Annual report of the Prince of Wales Medical College, Patna
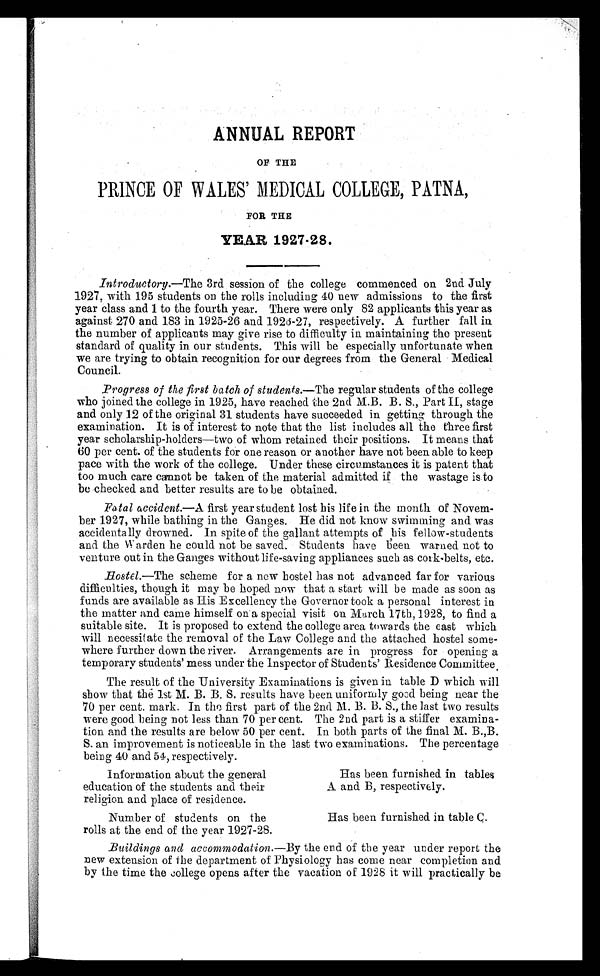
ANNUAL REPORT
OF THE
PRINCE OF WALES' MEDICAL COLLEGE, PATNA,
FOR THE
YEAR 1927–28.
Introductory.—The 3rd session of the college commenced on 2nd. July
1927, with 195 students on the rolls including 40 new admissions to the first
year class and 1 to the fourth year. There were only 82 applicants this year as
against 270 and 183 in 1925-26 and. 1926-27, respectively. A further fall in
the number of applicants may give rise to difficulty in maintaining the present
standard of quality in our students. This will be especially unfortunate when
we are trying to obtain recognition for our degrees from the General Medical
Council.
Progress of the first batch of students .—The regular students of the college
who joined the college in 1925, have reached the 2nd M.B. B. S., Part II, stage
and only 12 of the original 31 students have succeeded in getting through the
examination. It is of interest to note that the list includes all the three first
year scholarship-holders—two of whom retained their positions. It means that
60 per cent. of the students for one reason or another have not been able to keep
pace with the work of the college. Under these circumstances it is patent that
too much care cannot be taken of the material admitted. if the wastage is to
be checked and better results are to be obtained.
Fatal accident.—A first year student lost his life in the month of Novem-
ber 1927, while bathing in the Ganges. He did not know swimming and was
accidentally drowned. In spite of the gallant attempts of his fellow-students
and the Warden he could not be saved. Students have been warned not to
venture out in the Ganges without life-saving appliances such as cork–belts, etc.
Hostel.—The scheme for a new hostel has not advanced far for various
difficulties, though it may be hoped now that a start will be made as soon as
funds are available as His Excellency the Governor took a personal interest in
the matter and came himself on a special visit on March. 17th, 1928, to find a
suitable site. It is proposed to extend the college area towards the east which
will necessitate the removal of the Law College and the attached hostel some
–where further down the river. Arrangements are in progress for opening a
temporary students' mess under the Inspector of Students' Residence Committee.
The result of the University Examinations is given in table D which will
show that the 1st M. B. B. S. results have been uniformly good being near the
70 per cent. mark. In the first part of the 2nd M. B. B. S., the last two results
were good being not less than 70 per cent. The 2nd part is a stiffer examina-
tion and the results are below 50 per cent. In both parts of the final M. B.,B.
S. an improvement is noticeable in the last two examinations. The percentage
being 40 and 54, respectively.
Information about the general
education of the students and their
religion and place of residence.
Has been furnished. in tables
A and B, respectively.
Number of students on the
rolls at the end of the year 1927-28.
Has been furnished in table C.
Buildings and accommodation .—By the end of the year under report the
new extension of the department of Physiology has come near completion and
by t he t i me t he , Col l ege opens af t er t he vacat i on of 1928 i t wi l l pr act i cal l y be